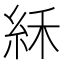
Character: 𥿘